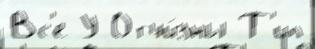
Вс'е У Отчи́зны Т'ип